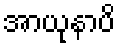
အာယုနာပိ